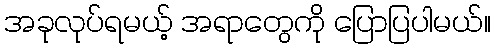
အခုလုပ်ရမယ့် အရာတွေကို ပြောပြပါမယ်။